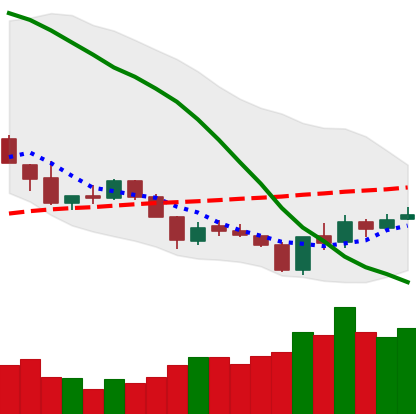
Ticker: XLM-USD
Chart end date: 2018-06-03
Forward return: -4.935%
Label: down_3_5